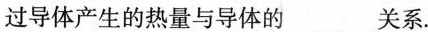
过导体产生的热量与导体的___关系.